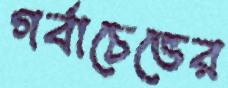
গর্বাচেভের